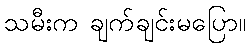
သမီးက ချက်ချင်းမပြော။